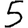
Digit: 5